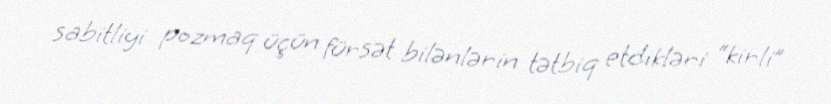
sabitliyi pozmaq üçün fürsət bilənlərin tətbiq etdikləri “kirli”